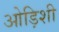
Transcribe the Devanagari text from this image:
ओड़िशी